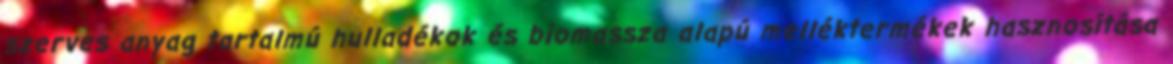
szerves anyag tartalmú hulladékok és biomassza alapú melléktermékek hasznosítása